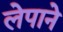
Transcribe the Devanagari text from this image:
लेपाने